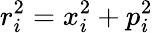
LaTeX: r_{i}^{2}=x_{i}^{2}+p_{i}^{2}